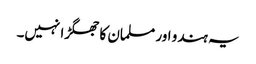
یہ ہندو اور مسلمان کا جھگڑا نہیں۔